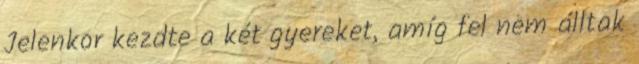
Jelenkor kezdte a két gyereket, amíg fel nem álltak